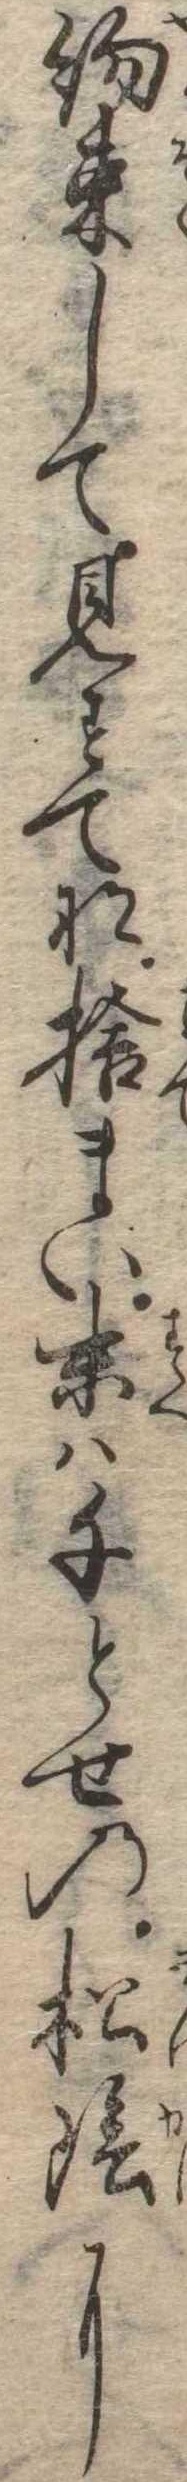
約束して見すてな捨まい末は千とせの松陰に